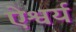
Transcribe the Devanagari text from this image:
ऐश्वर्य